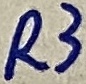
Text: R3